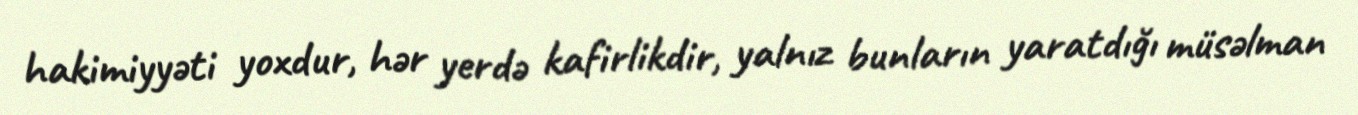
hakimiyyəti yoxdur, hər yerdə kafirlikdir, yalnız bunların yaratdığı müsəlman